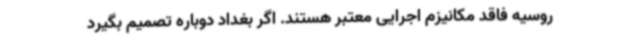
روسیه فاقد مکانیزم اجرایی معتبر هستند. اگر بغداد دوباره تصمیم بگیرد